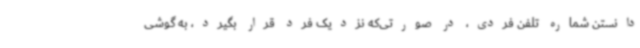
دانستن شماره تلفن فردی، در صورتی‌که نزدیک فرد قرار بگیرد، به گوشی